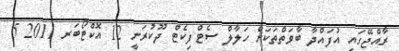
ރާއްޖޭގައި އުފައްދާ ބާވަތްތަކަށް ހަލާލް ސެޓްފިކެޓް ދޫކުރަނީ 12 އޮކްޓޯބަރ 2011 5